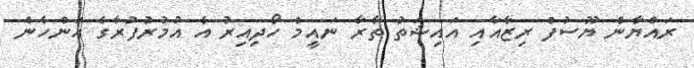
ރައްޔާން ޔޫސުފް ރިޒާއާއި އައިޝަތު ތާރާ ނައީމް ހޯދިއިރު އެ އުމުރުފުރާގެ އަންހެން